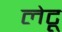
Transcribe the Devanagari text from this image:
लेटू